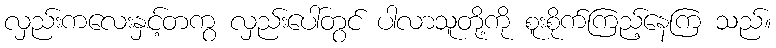
လှည်းကလေးနှင့်တကွ လှည်းပေါ်တွင် ပါလာသူတို့ကို စူးစိုက်ကြည့်နေကြ သည်။